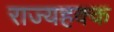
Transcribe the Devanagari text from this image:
राज्यहक्क